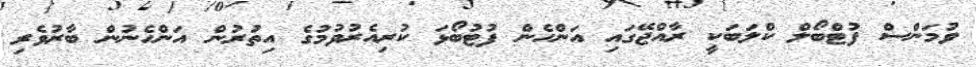
ވުމަންސް ފުޓްބޯލް ކްލަބަކީ ރާއްޖޭގައި އަންހެން ފުޓުބޯޅަ ކުރިއެރުވުމުގެ އިތުރުން އަންހެނުން ބާރުވެރި